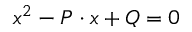
x ^ { 2 } - P \cdot x + Q = 0